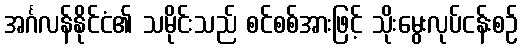
အင်္ဂလန်နိုင်ငံ၏ သမိုင်းသည် စင်စစ်အားဖြင့် သိုးမွေးလုပ်ငန်းစဉ်